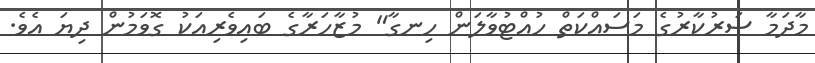
މާދަމާ ސަރުކާރުގެ މަސައްކަތް ހުއްޓުވާލަން ހިނގާ" މުޒާހަރާގެ ބައިވެރިއަކު ގޮވަމުން ދިޔަ އެވެ.